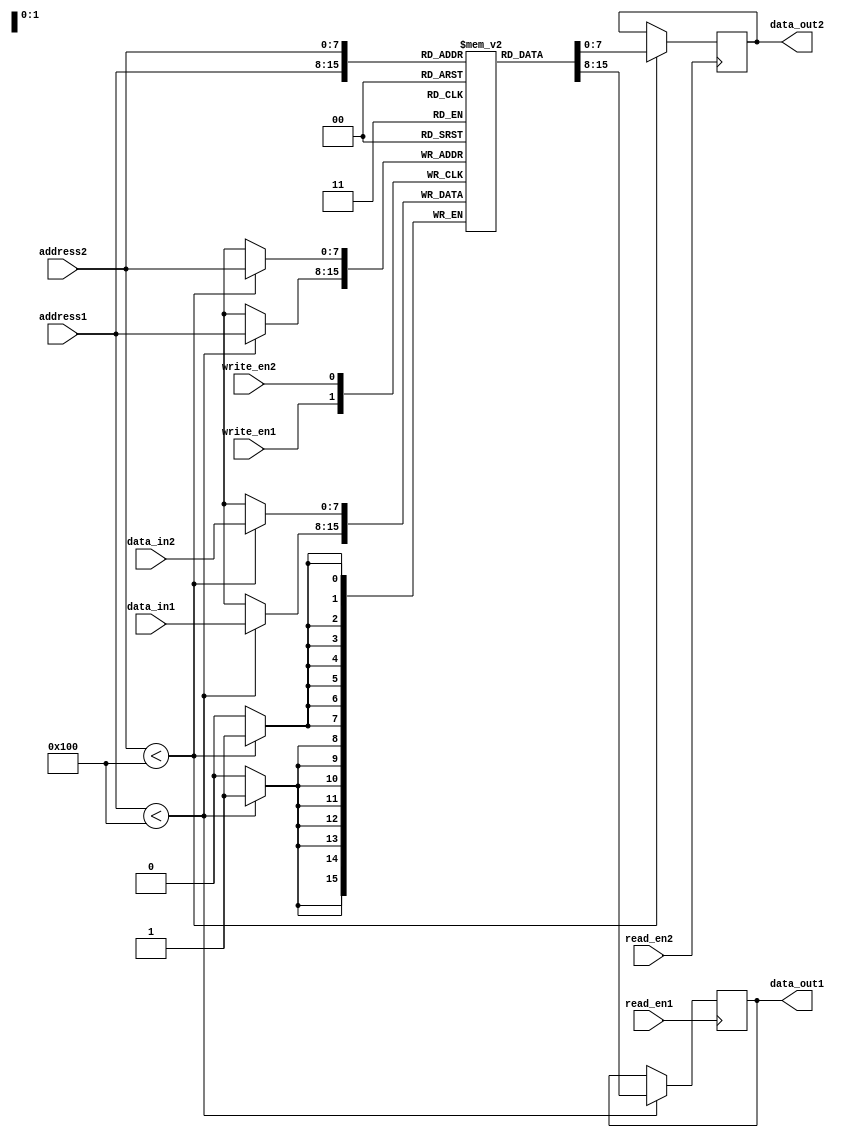
module dual_port_register_file (
  input [7:0] address1, // address for port 1
  input [7:0] address2, // address for port 2
  input [7:0] data_in1, // data input for port 1
  input [7:0] data_in2, // data input for port 2
  input read_en1, // enable signal for read port 1
  input read_en2, // enable signal for read port 2
  input write_en1, // enable signal for write port 1
  input write_en2, // enable signal for write port 2
  output reg [7:0] data_out1, // data output for port 1
  output reg [7:0] data_out2 // data output for port 2
);

// memory array to store data
reg [7:0] memory [0:255];

// read operation for port 1
always @ (posedge read_en1)
begin
  if (address1 < 256)
    data_out1 <= memory[address1];
end

// read operation for port 2
always @ (posedge read_en2)
begin
  if (address2 < 256)
    data_out2 <= memory[address2];
end

// write operation for port 1
always @ (posedge write_en1)
begin
  if (address1 < 256)
    memory[address1] <= data_in1;
end

// write operation for port 2
always @ (posedge write_en2)
begin
  if (address2 < 256)
    memory[address2] <= data_in2;
end

endmodule